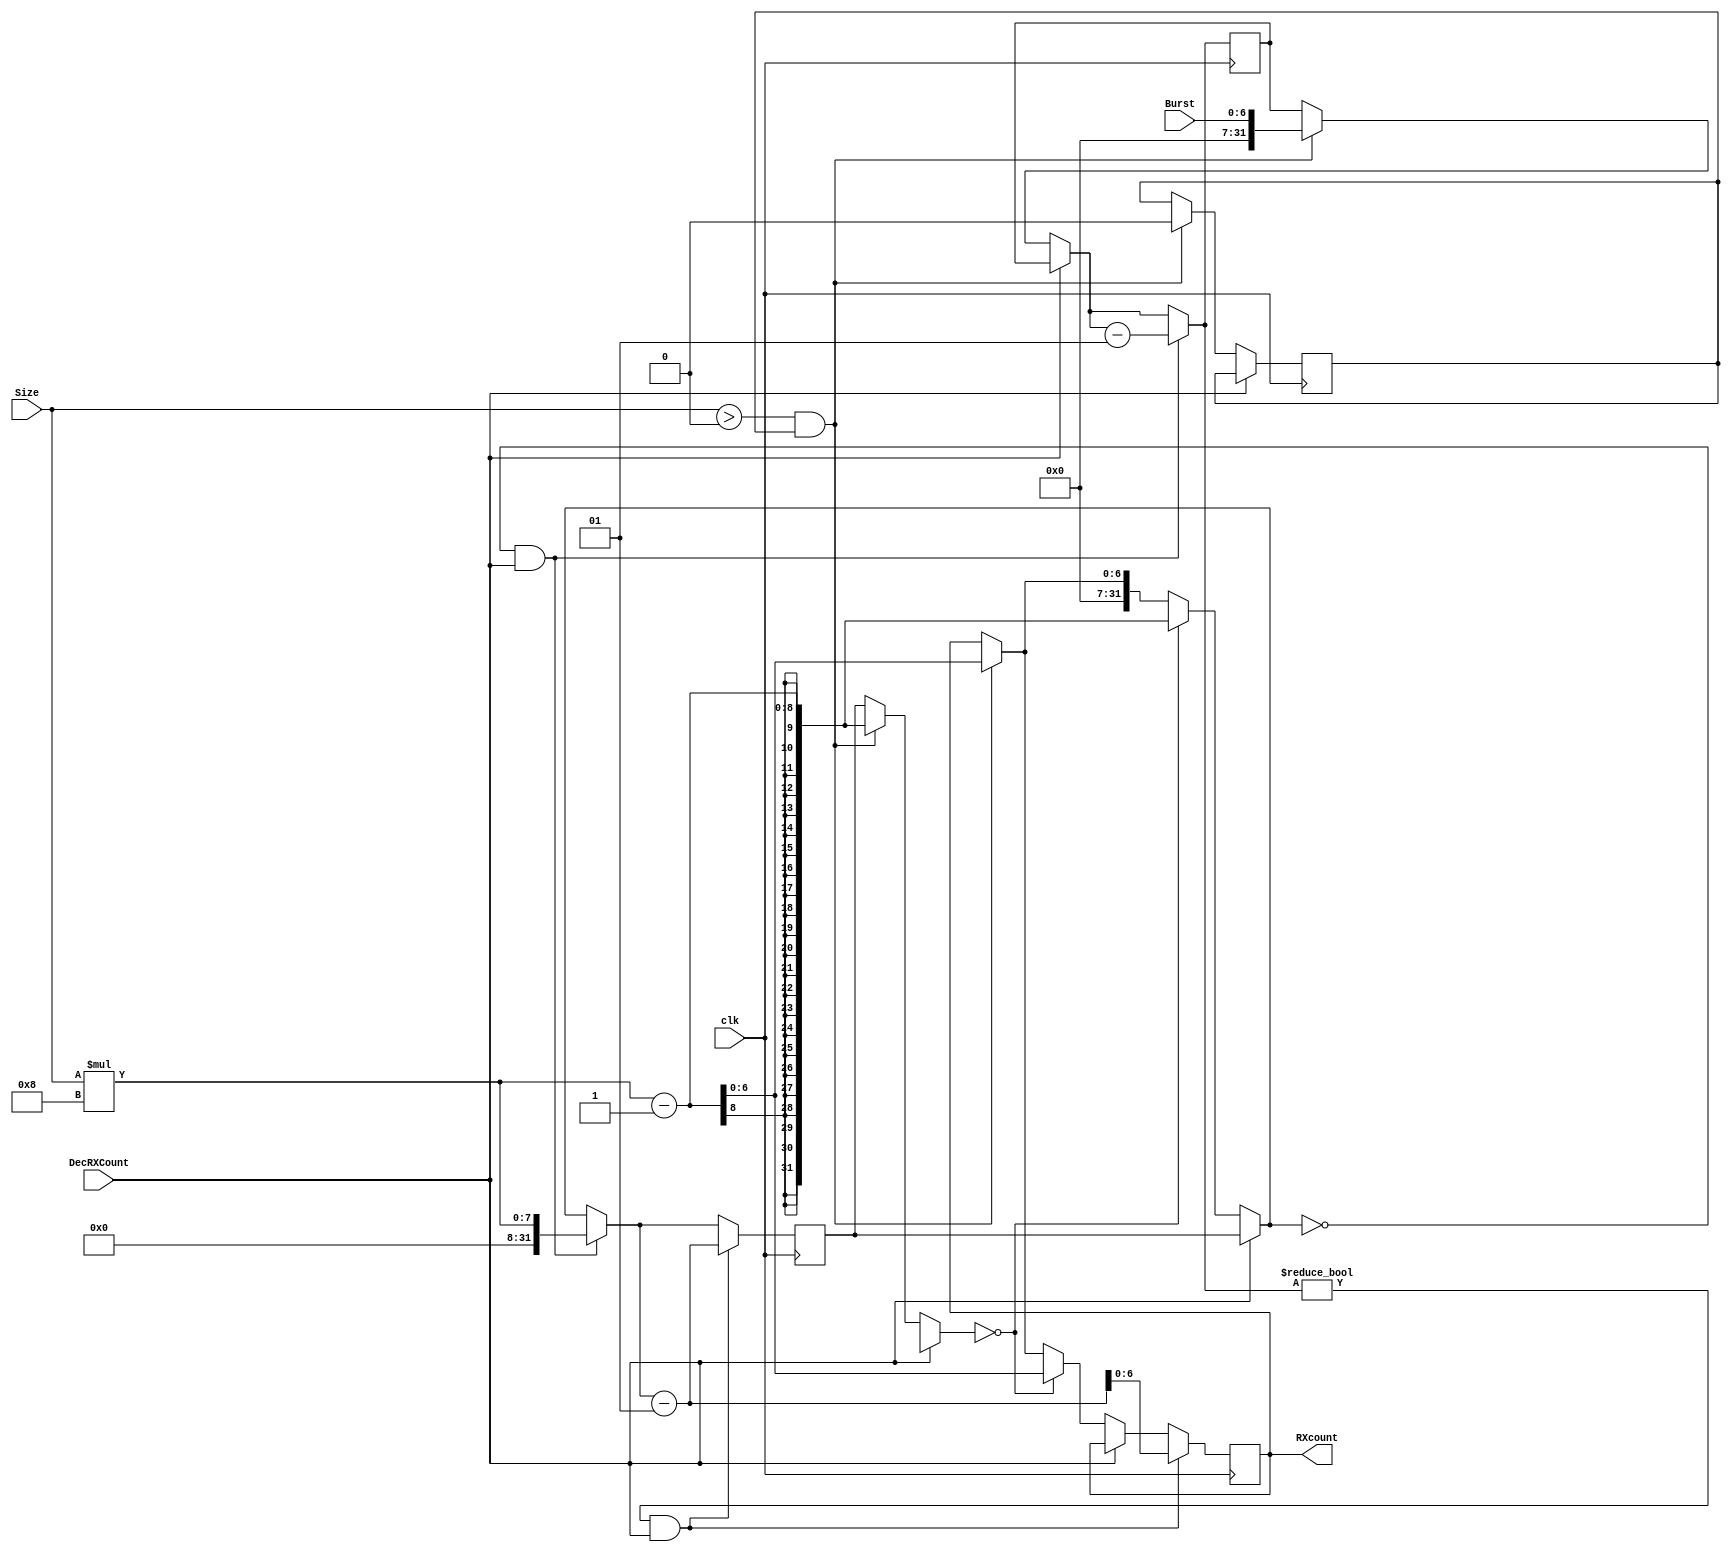

`timescale 10ns/1ns
module counterRX(clk, RXcount, DecRXCount, Burst, Size);

input clk;
input DecRXCount;
input [6:0]Burst;
input [3:0]Size;
output reg [6:0] RXcount;
integer size1, burst, size;
reg init;

initial
begin
	init = 1;
end

always@(posedge clk)
begin
	if (DecRXCount==0)
		begin
		if(Size >0 && init ==1)
		begin
		burst = Burst;
		size = Size*8-1;
//		size1 = size;
		RXcount = size;
		init = 0;
		end

		if(size==0)
		begin
		size = Size*8-1;
		RXcount = size;
		end		
		else
		begin
		size = RXcount;
		end

		end 
	if(size==0 && DecRXCount==1)
		begin
		burst = burst-1;
		size = Size*8;
		end
	if(burst!=0 && DecRXCount==1)
		begin
		size =size-1;
		RXcount = size;
		end
end
endmodule